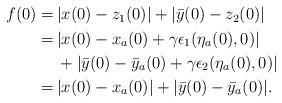
LaTeX: \begin{align*}\begin{aligned}f(0) =&\, |x(0)-z_1(0)|+ |\bar{y}(0)-z_2(0)|\\=& \, |x(0)-x_a(0)+\gamma \epsilon_1(\eta_a(0),0)|\\&\,+ |\bar{y}(0)-\bar{y}_a(0)+\gamma \epsilon_2(\eta_a(0),0)|\\=& \, |x(0)-x_a(0)|+ |\bar{y}(0)-\bar{y}_a(0)|.\end{aligned}\end{align*}